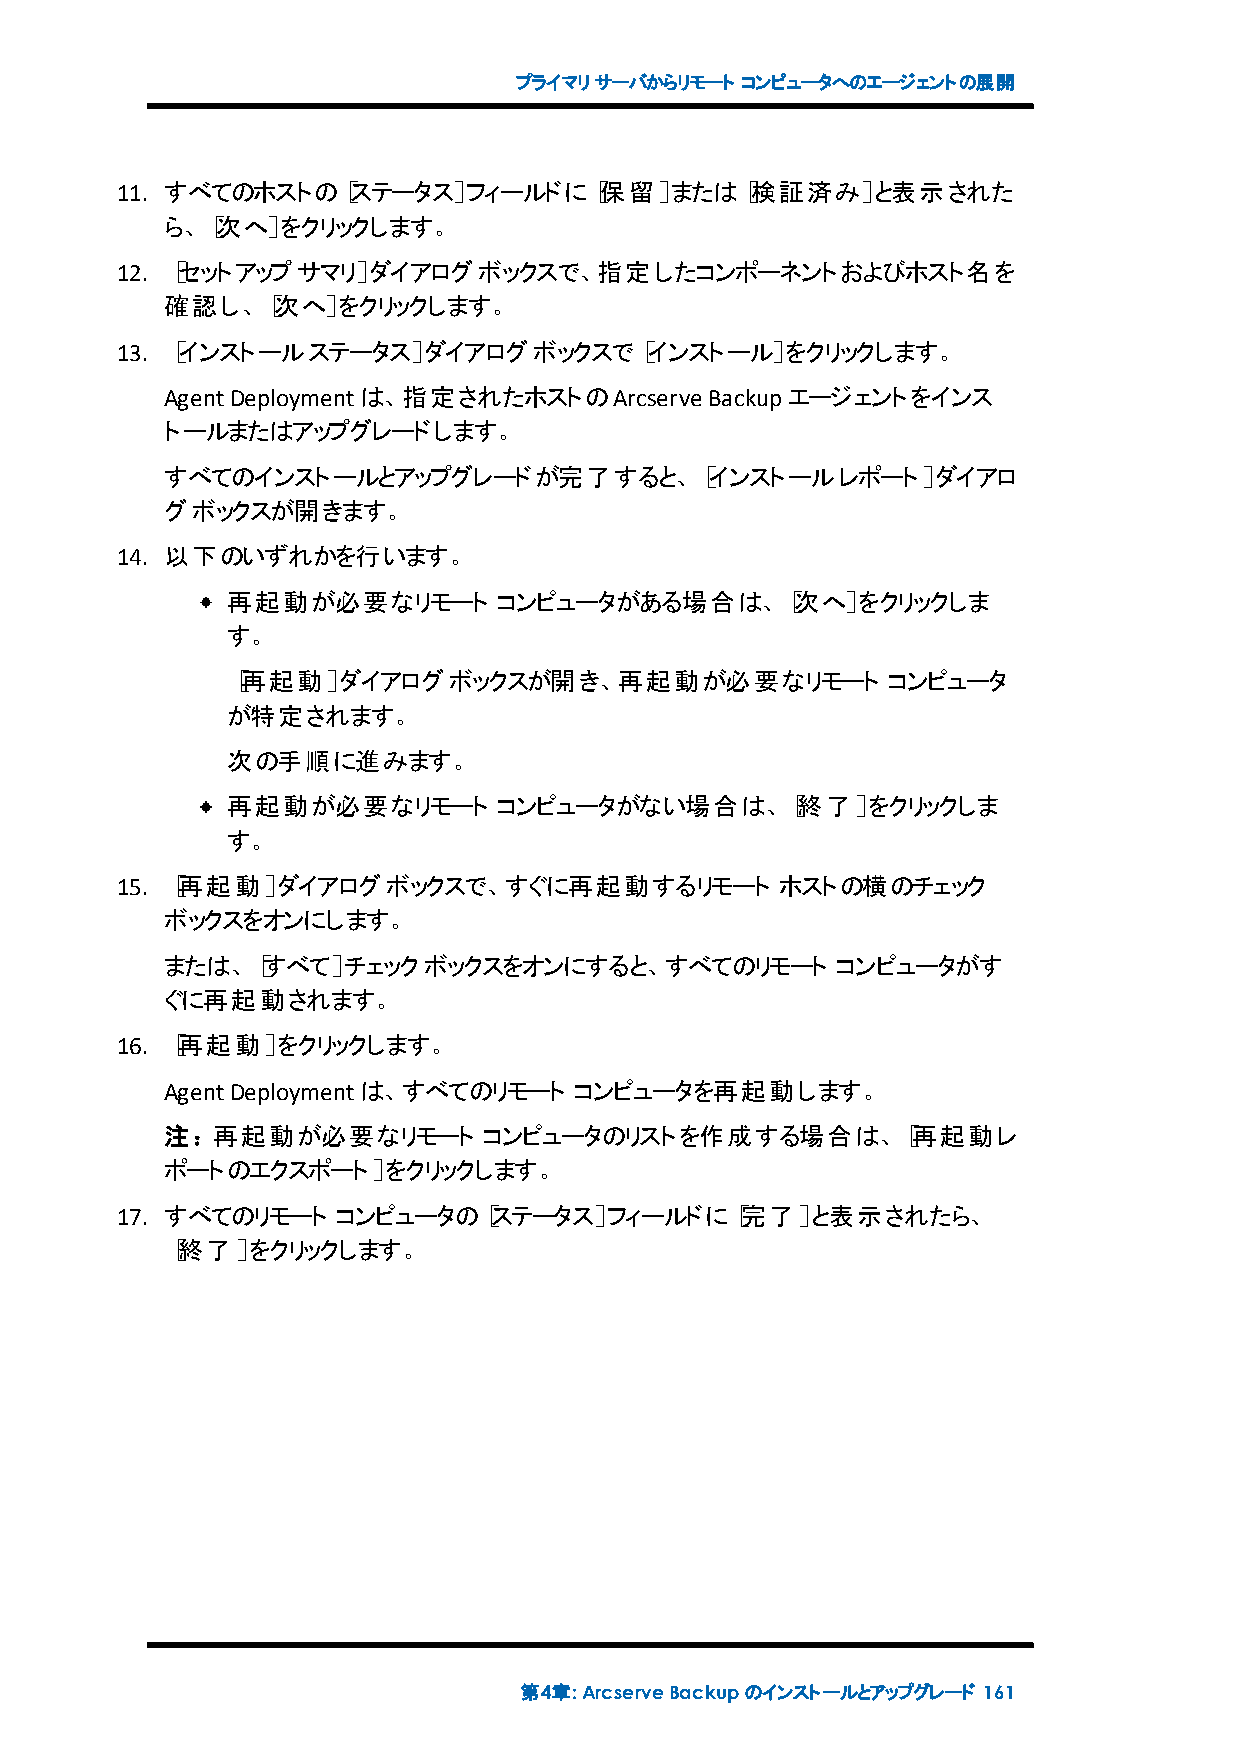
プライマリサーバからリモート コンピュータへのエージェントの展開
 11. すべてのホストの［ステータス］フィールドに［保留］または［検証済み］と表示された
 ら、［次へ］をクリックします。
 12. ［セットアップサマリ］ダイアログボックスで、指定したコンポーネントおよびホスト名を
 確認し、［次へ］をクリックします。
 13. ［インストールステータス］ダイアログボックスで［インストール］をクリックします。
 AgentDeploymentは、指定されたホストのArcserve  Backupエージェントをインス
 トールまたはアップグレードします。
 すべてのインストールとアップグレードが完了すると、［インストールレポート］ダイアロ
 グボックスが開きます。
 14. 以下のいずれかを行います。
 再起動が必要なリモート       コンピュータがある場合は、［次へ］をクリックしま
 す。
 ［再起動］ダイアログボックスが開き、再起動が必要なリモート               コンピュータ
 が特定されます。
 次の手順に進みます。
 再起動が必要なリモート       コンピュータがない場合は、［終了］をクリックしま
 す。
 15. ［再起動］ダイアログボックスで、すぐに再起動するリモート            ホストの横のチェック
 ボックスをオンにします。
 または、［すべて］チェックボックスをオンにすると、すべてのリモート           コンピュータがす
 ぐに再起動されます。
 16. ［再起動］をクリックします。
 AgentDeploymentは、すべてのリモート  コンピュータを再起動します。
 注：再起動が必要なリモート        コンピュータのリストを作成する場合は、［再起動レ
 ポートのエクスポート］をクリックします。
 17. すべてのリモート  コンピュータの［ステータス］フィールドに［完了］と表示されたら、
 ［終了］をクリックします。
 第4章:ArcserveBackupのインストールとアップグレード 161